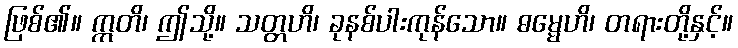
ဖြစ်၏။ ဣတိ၊ ဤသို့။ သတ္တဟိ၊ ခုနစ်ပါးကုန်သော။ ဓမ္မေဟိ၊ တရားတို့နှင့်။